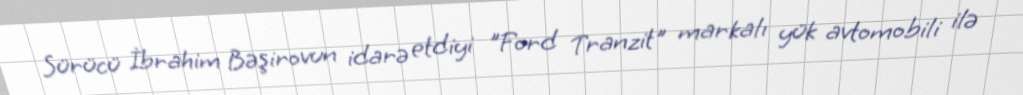
Sürücü İbrahim Bəşirovun idarə etdiyi "Ford Tranzit" markalı yük avtomobili ilə